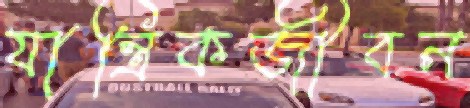
যান্ত্রিকজীবন